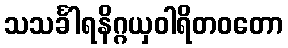
သသင်္ခါရနိဂ္ဂယှဝါရိတဝတော